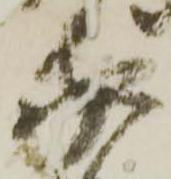
家